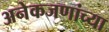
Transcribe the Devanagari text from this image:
अनेकजणांच्या